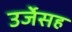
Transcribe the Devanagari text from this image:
उर्जेसह